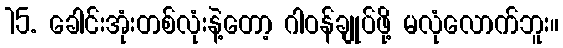
15. ခေါင်းအုံးတစ်လုံးနဲ့တော့ ဂါဝန်ချုပ်ဖို့ မလုံလောက်ဘူး။